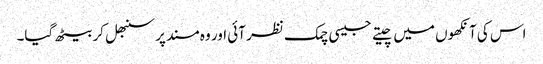
اس کی آنکھوں میں چیتے جیسی چمک نظر آئی اور وہ مسند پر سنبھل کر بیٹھ گیا۔